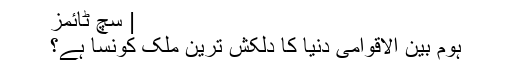
| سچ ٹائمز
ہوم بین الاقوامی دنیا کا دلکش ترین ملک کونسا ہے؟